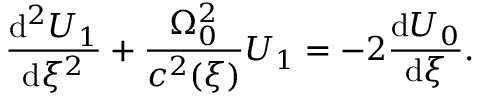
\frac { \mathrm { d } ^ { 2 } U _ { 1 } } { \mathrm { d } \xi ^ { 2 } } + \frac { \Omega _ { 0 } ^ { 2 } } { c ^ { 2 } ( \xi ) } U _ { 1 } = - 2 \frac { \mathrm { d } U _ { 0 } } { \mathrm { d } \xi } .